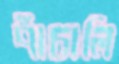
পাঁচালি